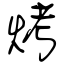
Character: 烤